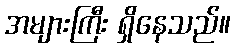
အများကြီး ရှိနေသည်။